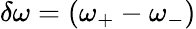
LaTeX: \delta\omega=(\omega_{+}-\omega_{-})